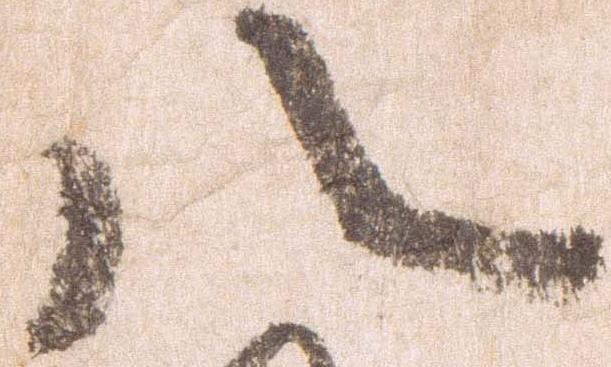
八